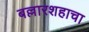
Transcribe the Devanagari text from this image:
बल्लारशहाचा